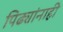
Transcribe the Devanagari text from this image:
पिढ्यांनाही